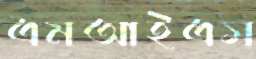
এমআইএস